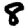
Digit: 8